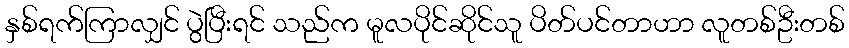
နှစ်ရက်ကြာလျှင် ပွဲပြီးရင် သည်က မူလပိုင်ဆိုင်သူ ပိတ်ပင်တာဟာ လူတစ်ဦးတစ်